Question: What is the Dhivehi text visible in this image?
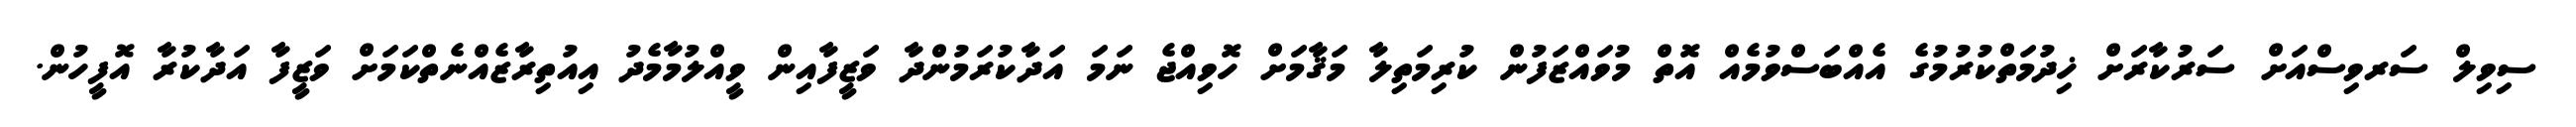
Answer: ސިވިލް ސަރވިސްއަށް ސަރުކާރަށް ޚިދުމަތްކުރުމުގެ އެއްބަސްވުމެއް އޮތް މުވައްޒަފުން ކުރިމަތިލާ މަޤާމަށް ހޮވިއްޖެ ނަމަ އަދާކުރަމުންދާ ވަޒީފާއިން ވީއްލުމާމެދު އިއުތިރާޒެއްނެތްކަމަށް ވަޒީފާ އަދާކުރާ އޮފީހުން.